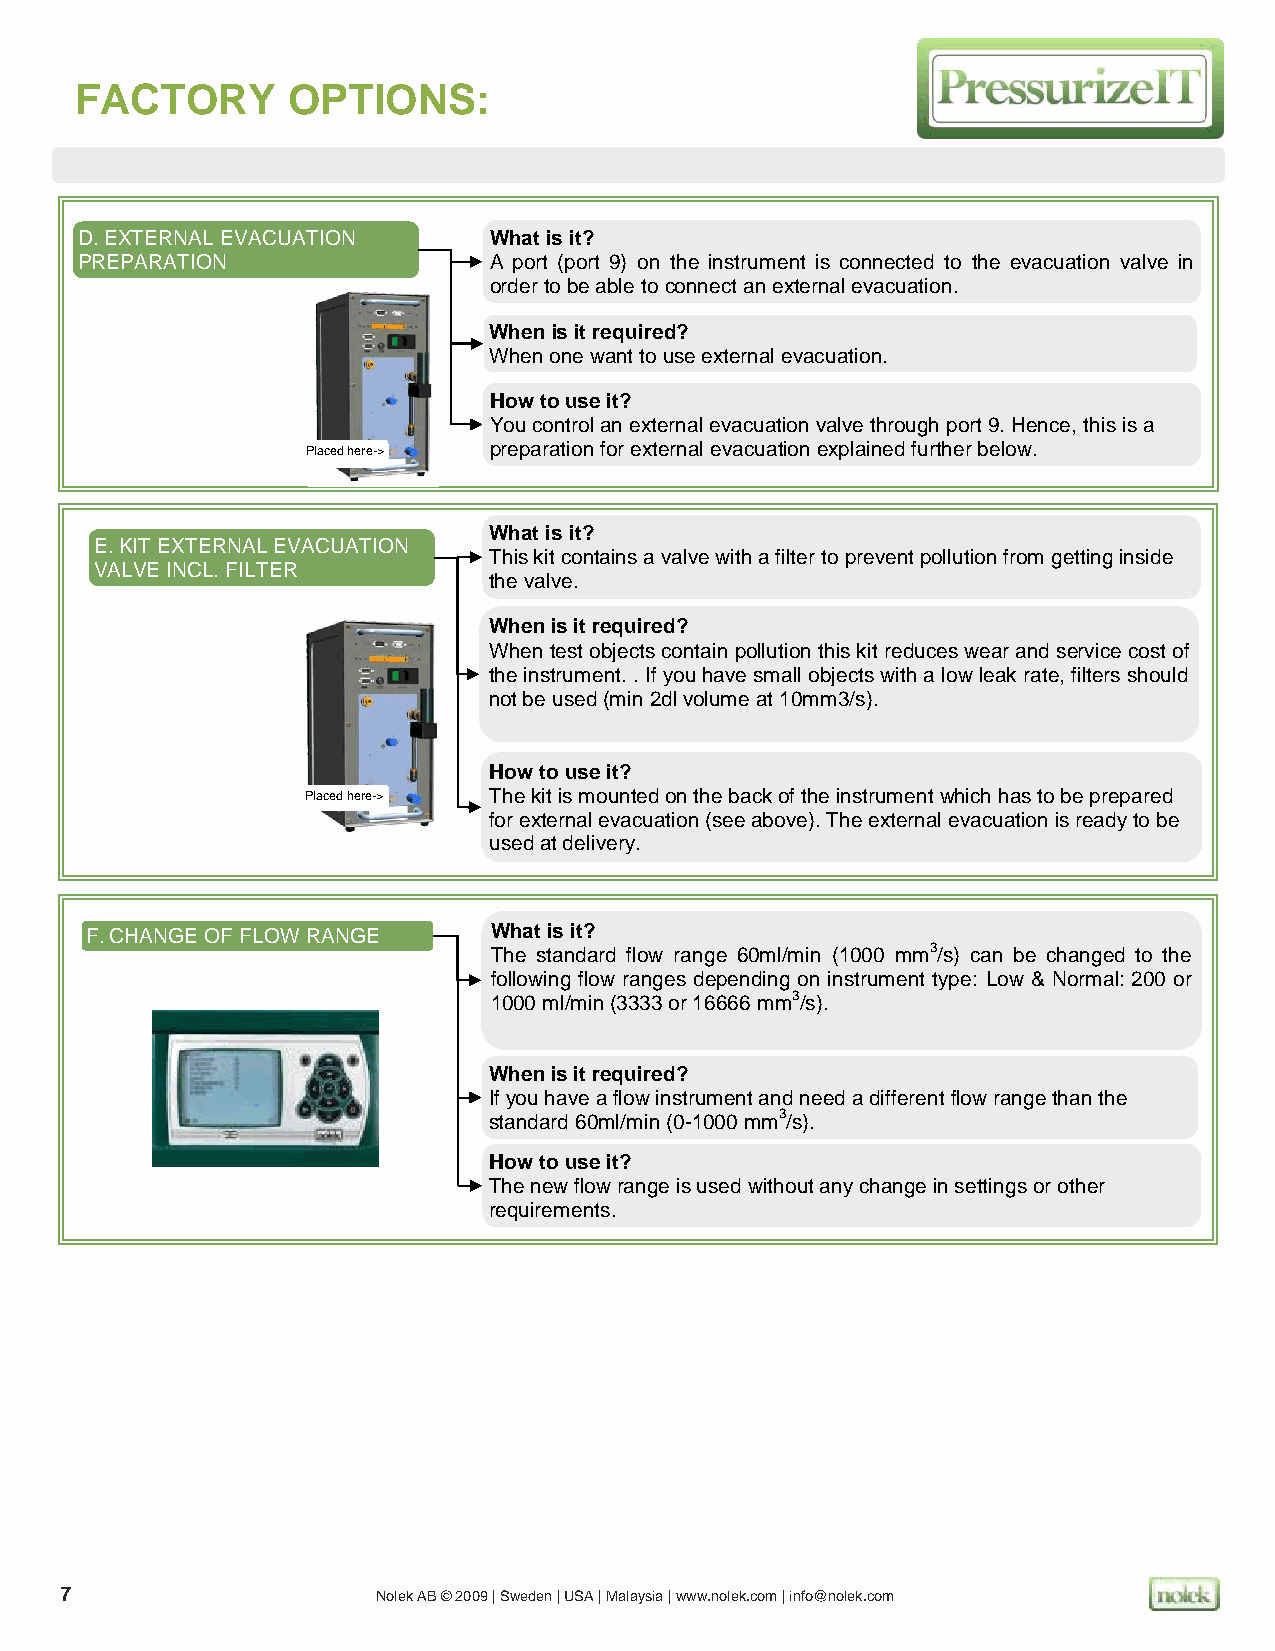
FACTORY       OPTIONS:
 D. EXTERNAL EVACUATION     What is it?
 PREPARATION                A port (port 9) on the instrument is connected to the evacuation valve in
 order to be able to connect an external evacuation.
 When is it required?
 When one want to use external evacuation.
 How to use it?
 You control an external evacuation valve through port 9. Hence, this is a
 Placed here-> preparation for external evacuation explained further below.
 What is it?
 E. KIT EXTERNAL EVACUATION
 This kit contains a valve with a filter to prevent pollution from getting inside
 VALVE INCL. FILTER
 the valve.
 When is it required?
 When test objects contain pollution this kit reduces wear and service cost of
 the instrument. . If you have small objects with a low leak rate, filters should
 not be used (min 2dl volume at 10mm3/s).
 How to use it?
 Placed here-> The kit is mounted on the back of the instrument which has to be prepared
 for external evacuation (see above). The external evacuation is ready to be
 used at delivery.
 F. CHANGE OF FLOW RANGE   What is it?
 The standard flow range 60ml/min (1000 mm3/s) can be changed to the
 following flow ranges depending on instrument type: Low & Normal: 200 or
 1000 ml/min (3333 or 16666 mm3/s).
 When is it required?
 If you have a flow instrument and need a different flow range than the
 standard 60ml/min (0-1000 mm3/s).
 How to use it?
 The new flow range is used without any change in settings or other
 requirements.
 7                    Nolek AB © 2009 | Sweden | USA | Malaysia | www.nolek.com | info@nolek.com